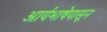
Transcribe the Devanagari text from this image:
आर्यभाषेपासून